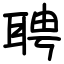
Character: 聘